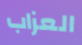
العزاب